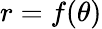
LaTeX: r=f(\theta)